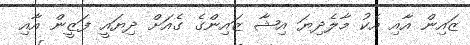
ޒައިން އާއި އެކު މާލެދިޔަ އިޝާ ޒައިންގެ ގެއަށް ދިޔައީ ފަޒީން އާއި